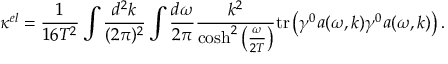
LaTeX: \kappa ^ { e l } = \frac { 1 } { 1 6 T ^ { 2 } } \int \frac { d ^ { 2 } k } { ( 2 \pi ) ^ { 2 } } \int \frac { d \omega } { 2 \pi } \frac { k ^ { 2 } } { \cosh ^ { 2 } \left( \frac { \omega } { 2 T } \right) } \mathrm { t r } \left( \gamma ^ { 0 } a ( \omega , k ) \gamma ^ { 0 } a ( \omega , k ) \right) .